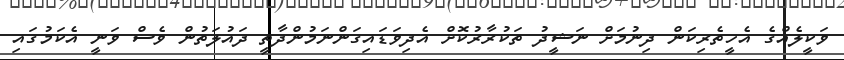
ވަކީލެއްގެ އެހީތެރިކަން ދިނުމަށް ނަޝީދު ތަކުރާރުކޮށް އެދިވަޑައިގަންނަމުންދާތީ ދައުލަތުން ވެސް ވަނީ އެކަމުގައި